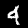
Label: 4